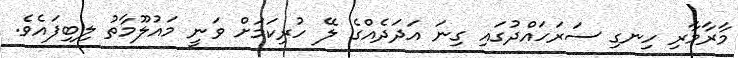
މާރާމާރި ހިނގި ސަރަހައްދުގައި ގިނަ އަދަދެއްގެ ލޭ ހުރިކަމަށް ވަނީ މައުލޫމާތު ލިބިފައެވެ.